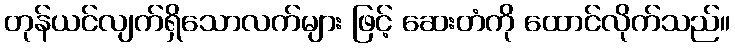
တုန်ယင်လျက်ရှိသောလက်များ ဖြင့် ဆေးတံကို ထောင်လိုက်သည်။